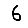
Digit: 6